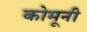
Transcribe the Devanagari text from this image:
कोमूनी